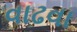
વાઢવા